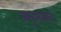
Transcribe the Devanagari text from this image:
प्रमुखख